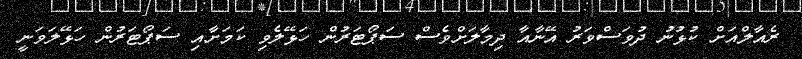
ރެއާލްއަށް ކުޅުނު ދުވަސްވަރު އޭނާއާ ދިމާލަށްވެސް ސަޕޯޓަރުން ހަޅޭލެވި ކަމަށާއި ސަޕޯޓަރުން ހަޅޭލަވަނީ